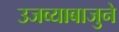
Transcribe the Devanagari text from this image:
उजव्याबाजुने